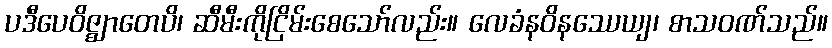
ပဒီပေဝိဇ္ဈာတေပိ၊ ဆီမီးကိုငြိမ်းစေသော်လည်း။ လေခံနဝိနဿေယျ၊ စာသဝဏ်သည်။